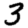
Digit: 3